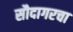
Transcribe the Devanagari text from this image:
सौदागरचा